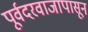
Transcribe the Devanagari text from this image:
पूर्वदरवाजापासून